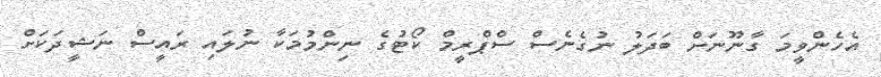
އެހެންވީމަ ގާނޫނަށް ބަދަލު ނުގެނެސް ސްޕްރީމް ކޯޓުގެ ނިންމުމަކާ ނުލައި ރައީސް ނަޝީދަކަށް